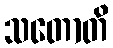
သတောတိ